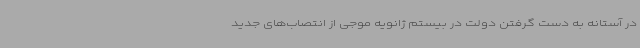
در آستانه به دست گرفتن دولت در بیستم ژانویه موجی از انتصاب‌های جدید